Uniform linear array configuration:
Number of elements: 4
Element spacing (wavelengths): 0.25
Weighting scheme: blackman
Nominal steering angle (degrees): -30
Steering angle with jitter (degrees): -30.64
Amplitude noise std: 0.05
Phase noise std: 0.05

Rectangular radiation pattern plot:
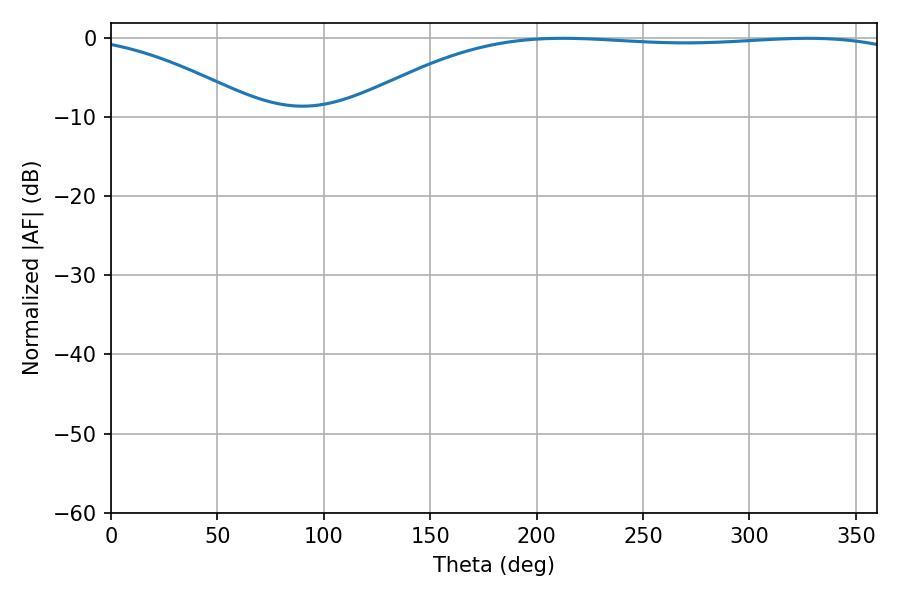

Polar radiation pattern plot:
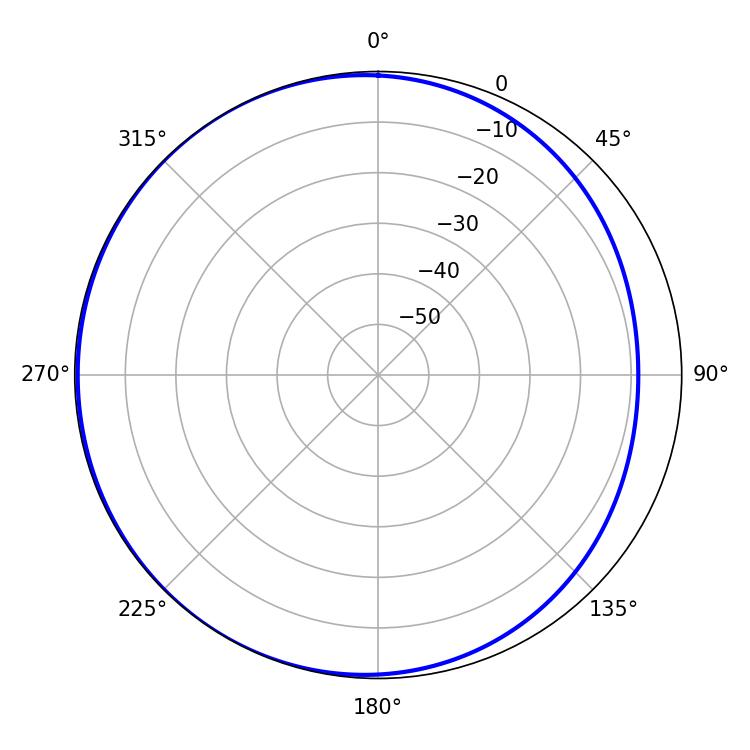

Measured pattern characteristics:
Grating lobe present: FALSE
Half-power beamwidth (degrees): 208.08
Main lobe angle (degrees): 212.4